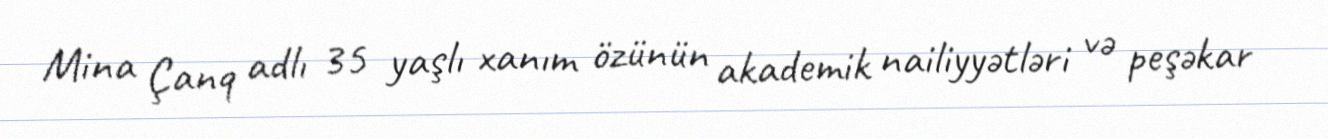
Mina Çanq adlı 35 yaşlı xanım özünün akademik nailiyyətləri və peşəkar